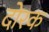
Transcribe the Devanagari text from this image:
दोरक